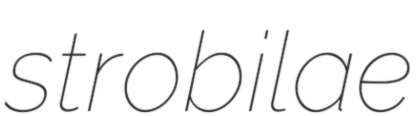
strobilae